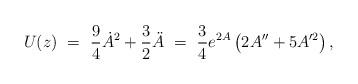
LaTeX: \begin{align*}U(z) \ = \ \frac{9}{4}\dot{A}^2 + \frac{3}{2}\ddot{A} \ = \ \frac{3}{4} e^{2A} \left( 2A'' + 5 A'^2 \right),\end{align*}